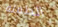
الطفله